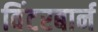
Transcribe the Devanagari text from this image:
विंटरबार्न